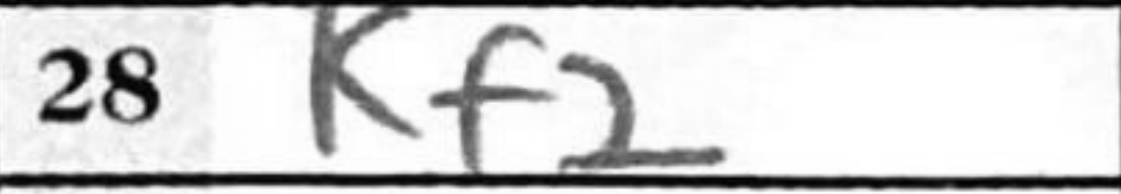
Transcription: Kf2